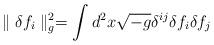
LaTeX: \begin{align*}\parallel\delta f_i\parallel^2_g = \int d^2x \sqrt{-g} \delta^{ij}\delta f_i \delta f_j\end{align*}